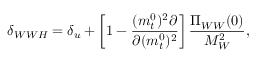
\delta _ { W W H } = \delta _ { u } + \left[ 1 - { \frac { ( m _ { t } ^ { 0 } ) ^ { 2 } \partial } { \partial ( m _ { t } ^ { 0 } ) ^ { 2 } } } \right] { \frac { \Pi _ { W W } ( 0 ) } { M _ { W } ^ { 2 } } } ,